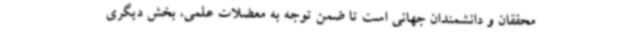
محققان و دانشمندان جهانی است تا ضمن توجه به معضلات علمی، بخش دیگری